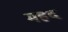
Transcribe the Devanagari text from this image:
महद